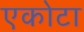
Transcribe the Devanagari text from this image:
एकोटा